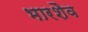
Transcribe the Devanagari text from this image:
भारशैव